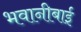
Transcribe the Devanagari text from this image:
भवानीबाई